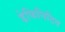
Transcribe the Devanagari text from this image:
डेफिनिटिव